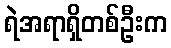
ရဲအရာရှိတစ်ဦးက